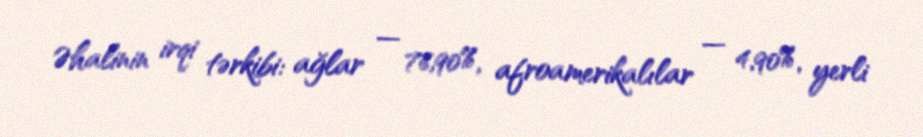
Əhalinin irqi tərkibi: ağlar — 76,90%, afroamerikalılar — 4,90%, yerli